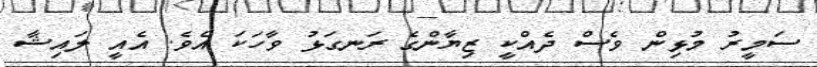
ސަމީރު މުޅިން ވެސް ދެއްކީ ޒިޔާންގެ ރަނގަޅު ވާހަކަ އެވެ. އެއީ ލައިޝާ